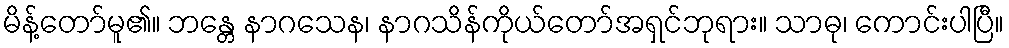
မိန့်တော်မူ၏။ ဘန္တေ နာဂသေန၊ နာဂသိန်ကိုယ်တော်အရှင်ဘုရား။ သာဓု၊ ကောင်းပါပြီ။